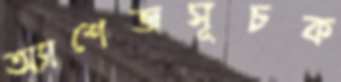
অ্যাশেজসূচক